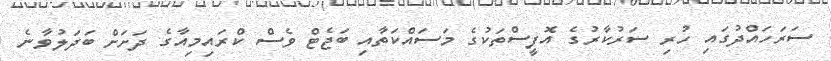
ސަރަހައްދުގައި ހުރި ސަރުކާރުގެ އޮފީސްތަކުގެ މަސައްކަތާއި ބަޖެޓް ވެސް ކްރައިމިއާގެ ދަށަށް ބަދަލުވާނެ